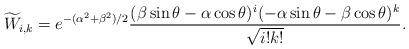
LaTeX: \begin{align*}\widetilde{W}_{i,k}=e^{-(\alpha^2+\beta^2)/2}\frac{(\beta\sin\theta-\alpha \cos \theta)^{i}(-\alpha \sin \theta-\beta \cos \theta)^{k}}{\sqrt{i!k!}}.\end{align*}